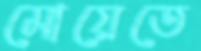
মোয়েতে